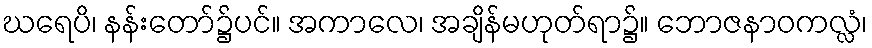
ဃရေပိ၊ နန်းတော်၌ပင်။ အကာလေ၊ အချိန်မဟုတ်ရာ၌။ ဘောဇနာဝကလ္လံ၊